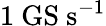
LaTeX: \mathrm{1~GS~s^{-1}}